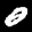
Label: 0